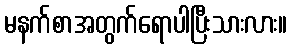
မနက်စာအတွက်ရောပါပြီးသားလား။